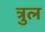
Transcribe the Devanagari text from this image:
त्रुल